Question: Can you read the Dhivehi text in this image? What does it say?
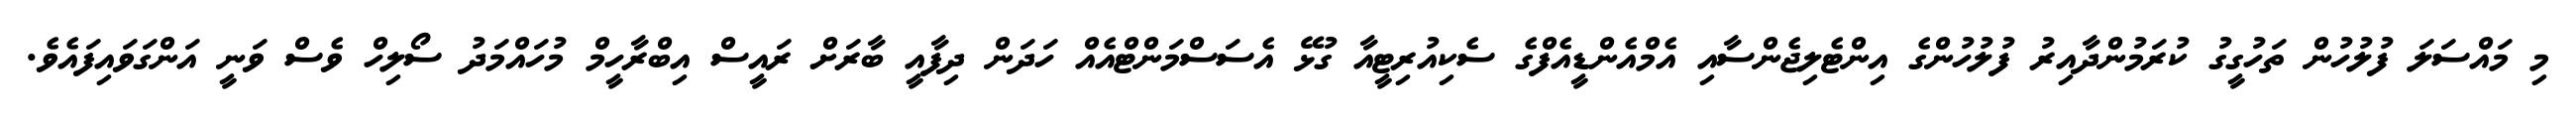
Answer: މި މައްސަލަ ފުލުހުން ތަހުގީގު ކުރަމުންދާއިރު ފުލުހުންގެ އިންޓެލިޖެންސާއި އެމްއެންޑީއެފްގެ ސެކިއުރިޓީއާ ގުޅޭ އެސަސްމަންޓްއެއް ހަދަން ދިފާއީ ބާރަށް ރައީސް އިބްރާހީމް މުހައްމަދު ސޯލިހް ވެސް ވަނީ އަންގަވައިފައެވެ.